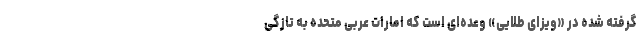
گرفته شده در «ویزای طلایی» وعده‌ای است که امارات عربی متحده به تازگی